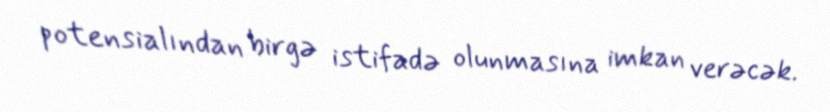
potensialından birgə istifadə olunmasına imkan verəcək.